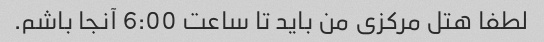
لطفا هتل مرکزی من باید تا ساعت 6:00 آنجا باشم.